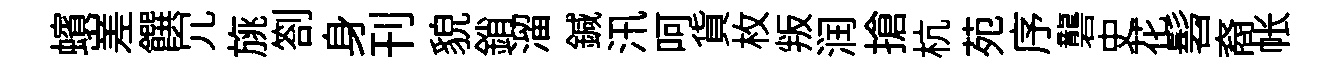
蠙嵳饌冗旐劄身刊貌銷溜鍼汛呵貨枚叛润搶杭苑序礱史花髫裔帐